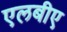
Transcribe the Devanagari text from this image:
एलबीए